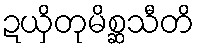
ဍယှိတုမိစ္ဆသီတိ